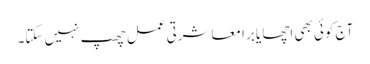
آج کوئی بھی اچھا یا برا معاشرتی عمل چھپ نہیں سکتا۔